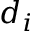
d _ { i }